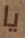
يا